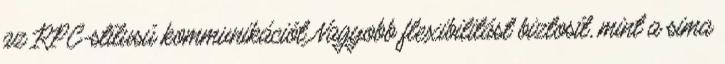
az RPC-stílusú kommunikációt Nagyobb flexibilitást biztosít, mint a sima